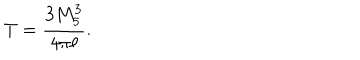
T = \frac { 3 M _ { 5 } ^ { 3 } } { 4 \pi \ell } .